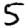
Digit: 5